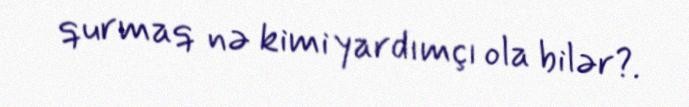
qurmaq nə kimi yardımçı ola bilər?.